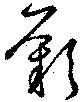
歎